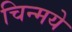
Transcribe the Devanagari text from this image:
चिन्मये